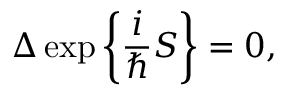
\Delta \exp \bigg \{ \frac { i } { \hbar } S \bigg \} = 0 ,